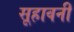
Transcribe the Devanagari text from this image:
सूहावनी